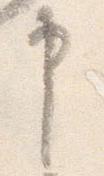
申